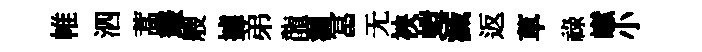
帷泗蒿叢艘據弟龍漏冨无䘧螘滅返草祿𪩘小